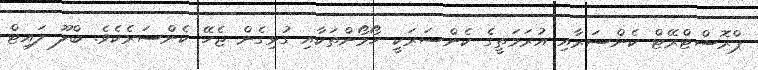
ޕްރޮސްޓްރޭޓް ކެންސަރާއި އުރަމަތީގެ ކެންސަރަކީ ހޯމޯންތަކާއި ގުޅިގެން ޖެހޭ ކެންސަރެކެވެ. ބްލޫ ލައިޓް